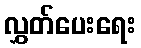
လွှတ်ပေးရေး